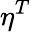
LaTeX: \eta^{T}